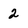
Character: 2